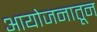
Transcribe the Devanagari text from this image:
आयोजनातून